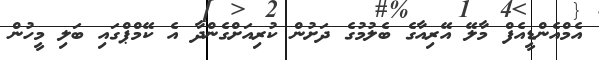
އެމްއެންޑީއެފް މާލޭ އޭރިއާގެ ބެލުމުގެ ދަށުން ކުރިއަށްގެންދާ އެ ކޭމްޕްގައި ބަލި މީހުން